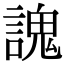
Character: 謉